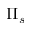
\Pi _ { s }